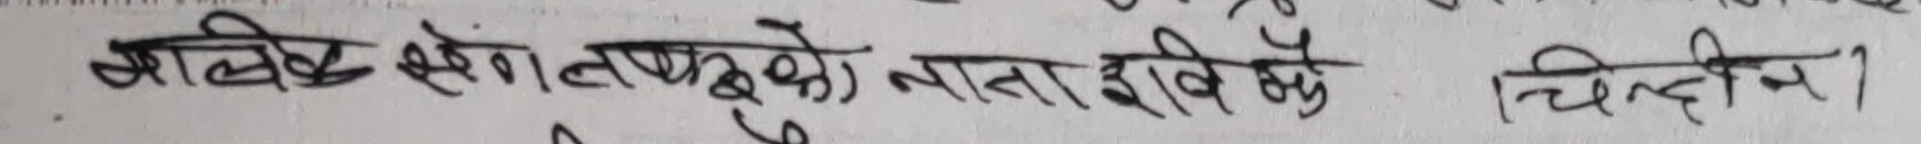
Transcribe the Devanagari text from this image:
सालिक सँगालपट्टिको नाता राख्ने चलन।